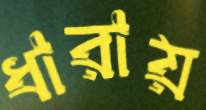
ধারায়